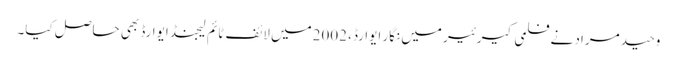
وحید مراد نے فلمی کیرئیر میں نگار ایوارڈ، 2002میں لائف ٹائم لیجنڈ ایوارڈ بھی حاصل کیا۔